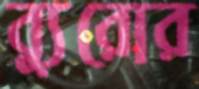
ব্যুরোর